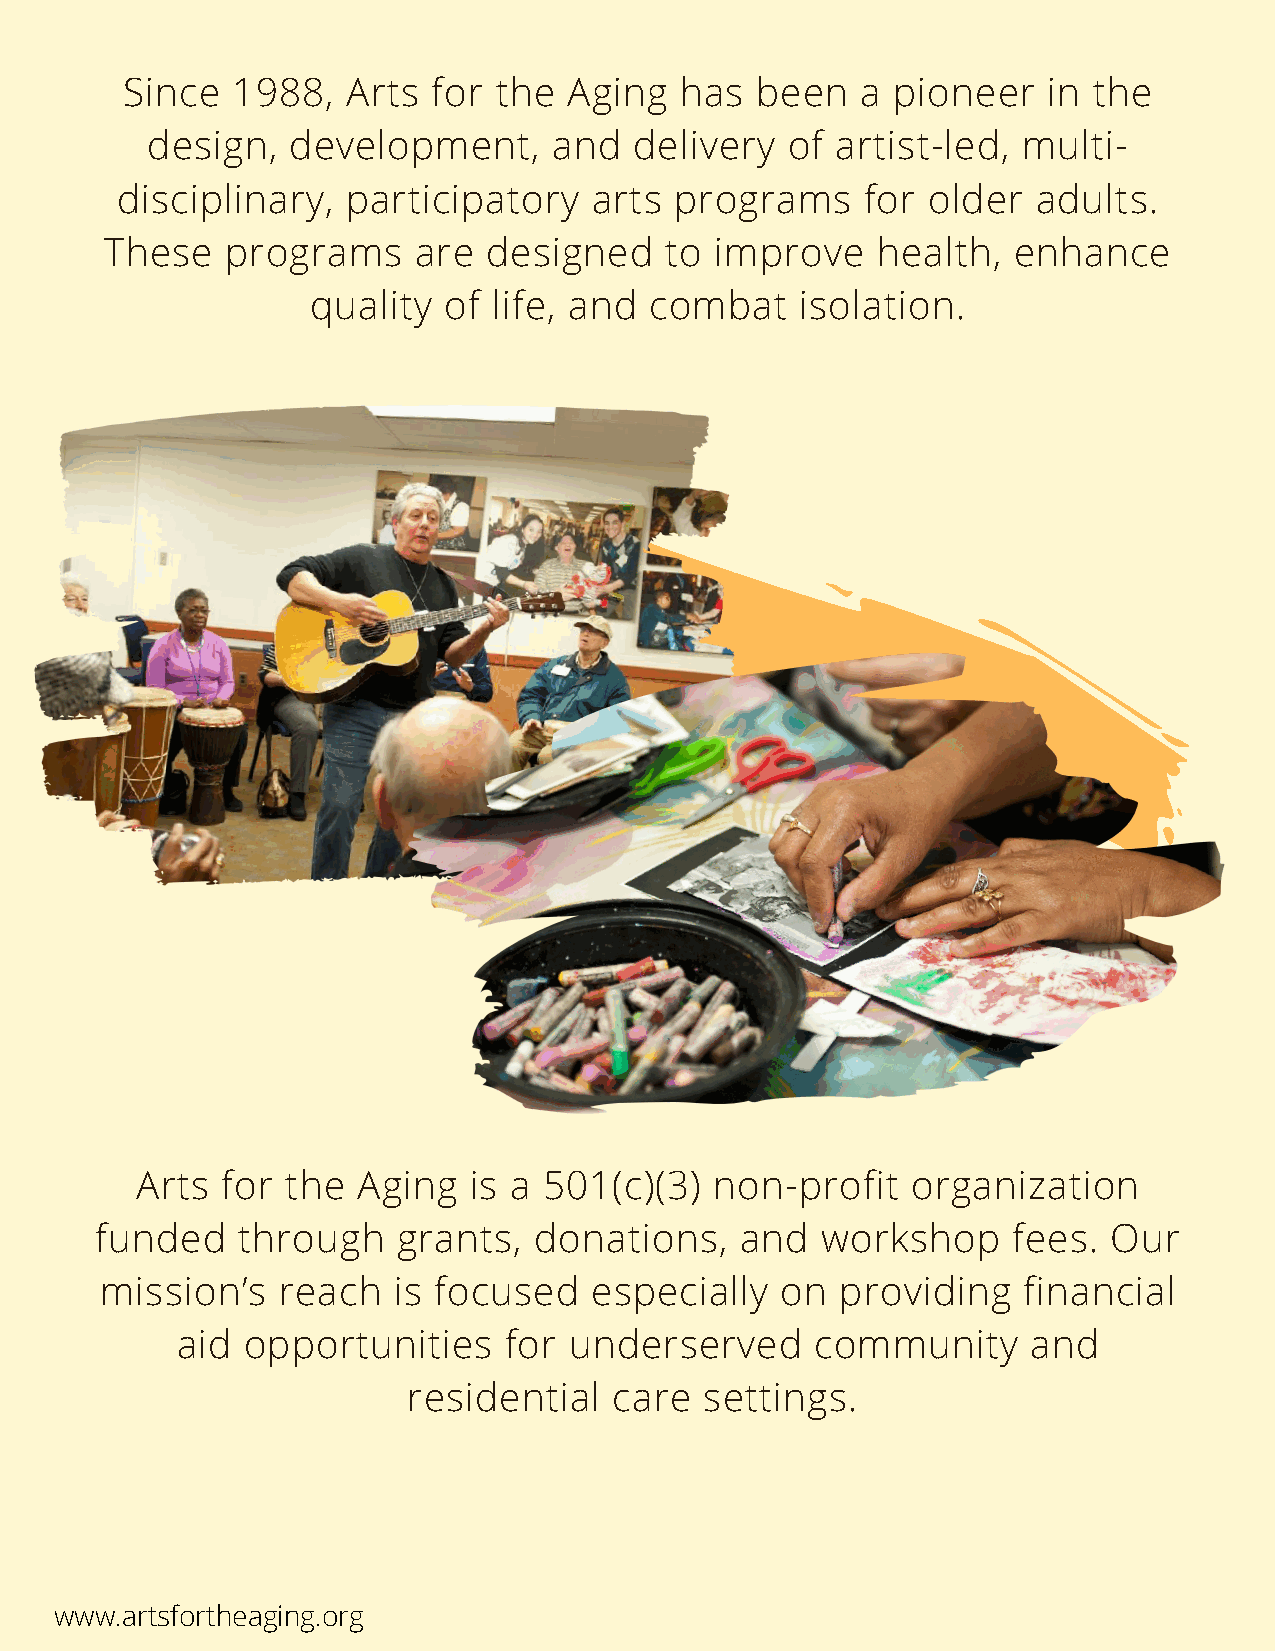
Since  1988,   Arts  for the  Aging  has  been   a pioneer   in the
 design,  development,      and  delivery  of artist-led,  multi-
 disciplinary,  participatory   arts  programs    for older   adults.
 These   programs    are  designed    to improve    health,  enhance
 quality of  life, and combat    isolation.
 Arts  for the  Aging  is a 501(c)(3)  non-profit   organization
 funded    through   grants,  donations,    and  workshop     fees.  Our
 mission’s  reach   is focused   especially   on  providing   financial
 aid opportunities    for  underserved     community     and
 residential   care  settings.
 www.artsfortheaging.org